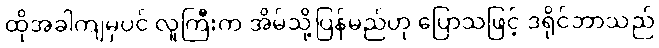
ထိုအခါကျမှပင် လူကြီးက အိမ်သို့ပြန်မည်ဟု ပြောသဖြင့် ဒရိုင်ဘာသည်